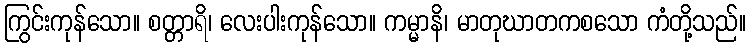
ကြွင်းကုန်သော။ စတ္တာရိ၊ လေးပါးကုန်သော။ ကမ္မာနိ၊ မာတုဃာတကစသော ကံတို့သည်။